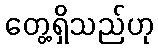
တွေ့ရှိသည်ဟု